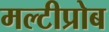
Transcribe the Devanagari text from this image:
मल्टीप्रोब